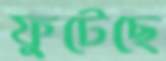
ফুটেছে